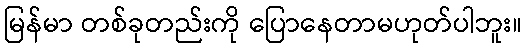
မြန်မာ တစ်ခုတည်းကို ပြောနေတာမဟုတ်ပါဘူး။